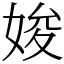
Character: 㛖